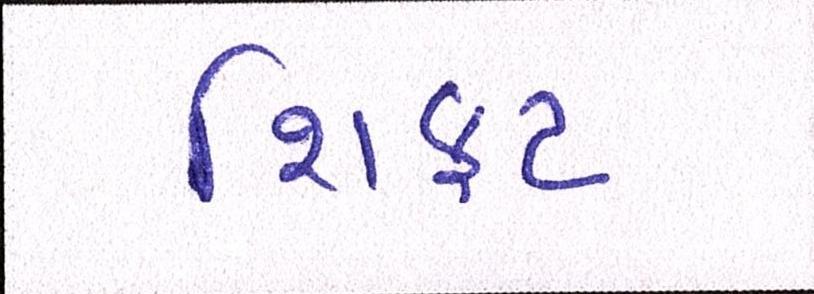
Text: શિફટ